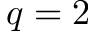
q = 2